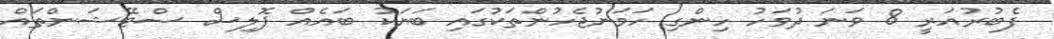
ފެބުރުއަރީ 8 ވަނަ ދުވަހު ހިންގި ހަމަނުޖެހުންތަކުގައި ބަޔަކު ބައެއް ޕޮލިސް ސްޓޭޝަންތައް